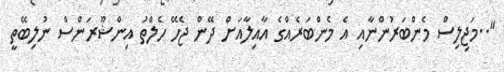
"..މަޖިލިސް މެންބަރުންނާއި އެ މެންބަރެއްގެ އާއިލާއަށް ދޭން ޖެހޭ ހެލްތު އިންޝޫރަންސް ނުލިބޭތީ